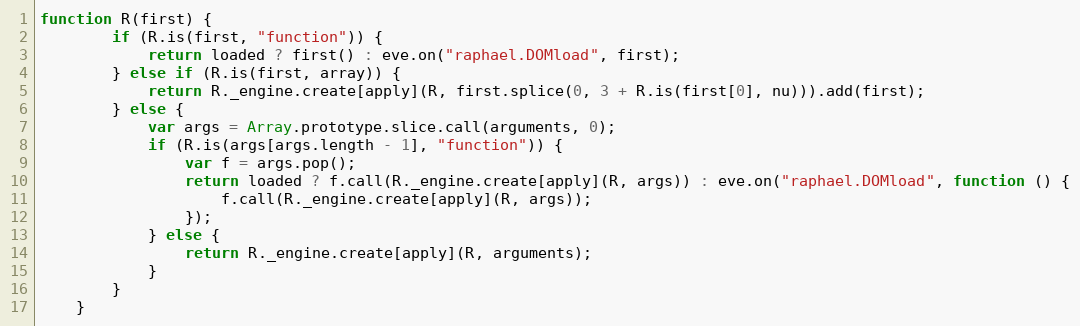
Language: JavaScript
function R(first) {
        if (R.is(first, "function")) {
            return loaded ? first() : eve.on("raphael.DOMload", first);
        } else if (R.is(first, array)) {
            return R._engine.create[apply](R, first.splice(0, 3 + R.is(first[0], nu))).add(first);
        } else {
            var args = Array.prototype.slice.call(arguments, 0);
            if (R.is(args[args.length - 1], "function")) {
                var f = args.pop();
                return loaded ? f.call(R._engine.create[apply](R, args)) : eve.on("raphael.DOMload", function () {
                    f.call(R._engine.create[apply](R, args));
                });
            } else {
                return R._engine.create[apply](R, arguments);
            }
        }
    }